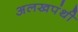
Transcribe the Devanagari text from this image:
अलखपंथी